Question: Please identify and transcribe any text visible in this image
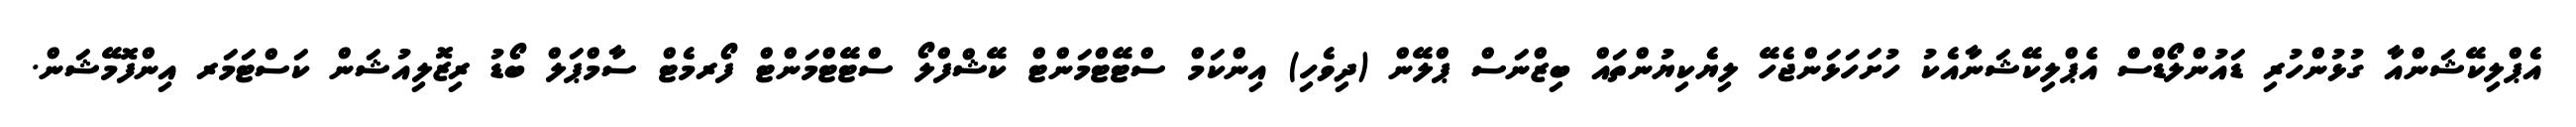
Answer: އެޕްލިކޭޝަންއާ ގުޅުންހުރި ޑައުންލޯޑްސް އެޕްލިކޭޝަނާއެކު ހުށަހަޅަންޖެހޭ ލިޔެކިޔުންތައް ބިޒްނަސް ޕްލޭން (ދިވެހި) އިންކަމް ސްޓޭޓްމަންޓް ކޭޝްފްލޯ ސްޓޭޓްމަންޓް ފޯރމެޓް ސާމްޕަލް ބޯޑު ރިޒޮލިއުޝަން ކަސްޓަމަރ އިންފޮމޭޝަން.